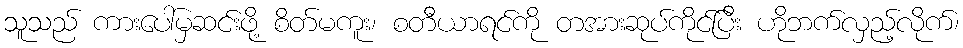
သူသည် ကားပေါ်မှဆင်းဖို့ စိတ်မကူး၊ စတီယာရင်ကို တအားဆုပ်ကိုင်ပြီး ဟိုဘက်လှည့်လိုက်၊